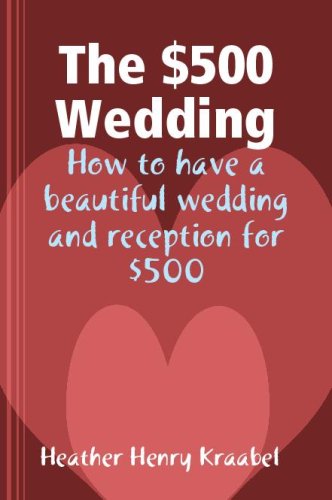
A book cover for The $500 Wedding: How to have a beautiful wedding and reception for $500; H Kraabel; Crafts, Hobbies & Home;